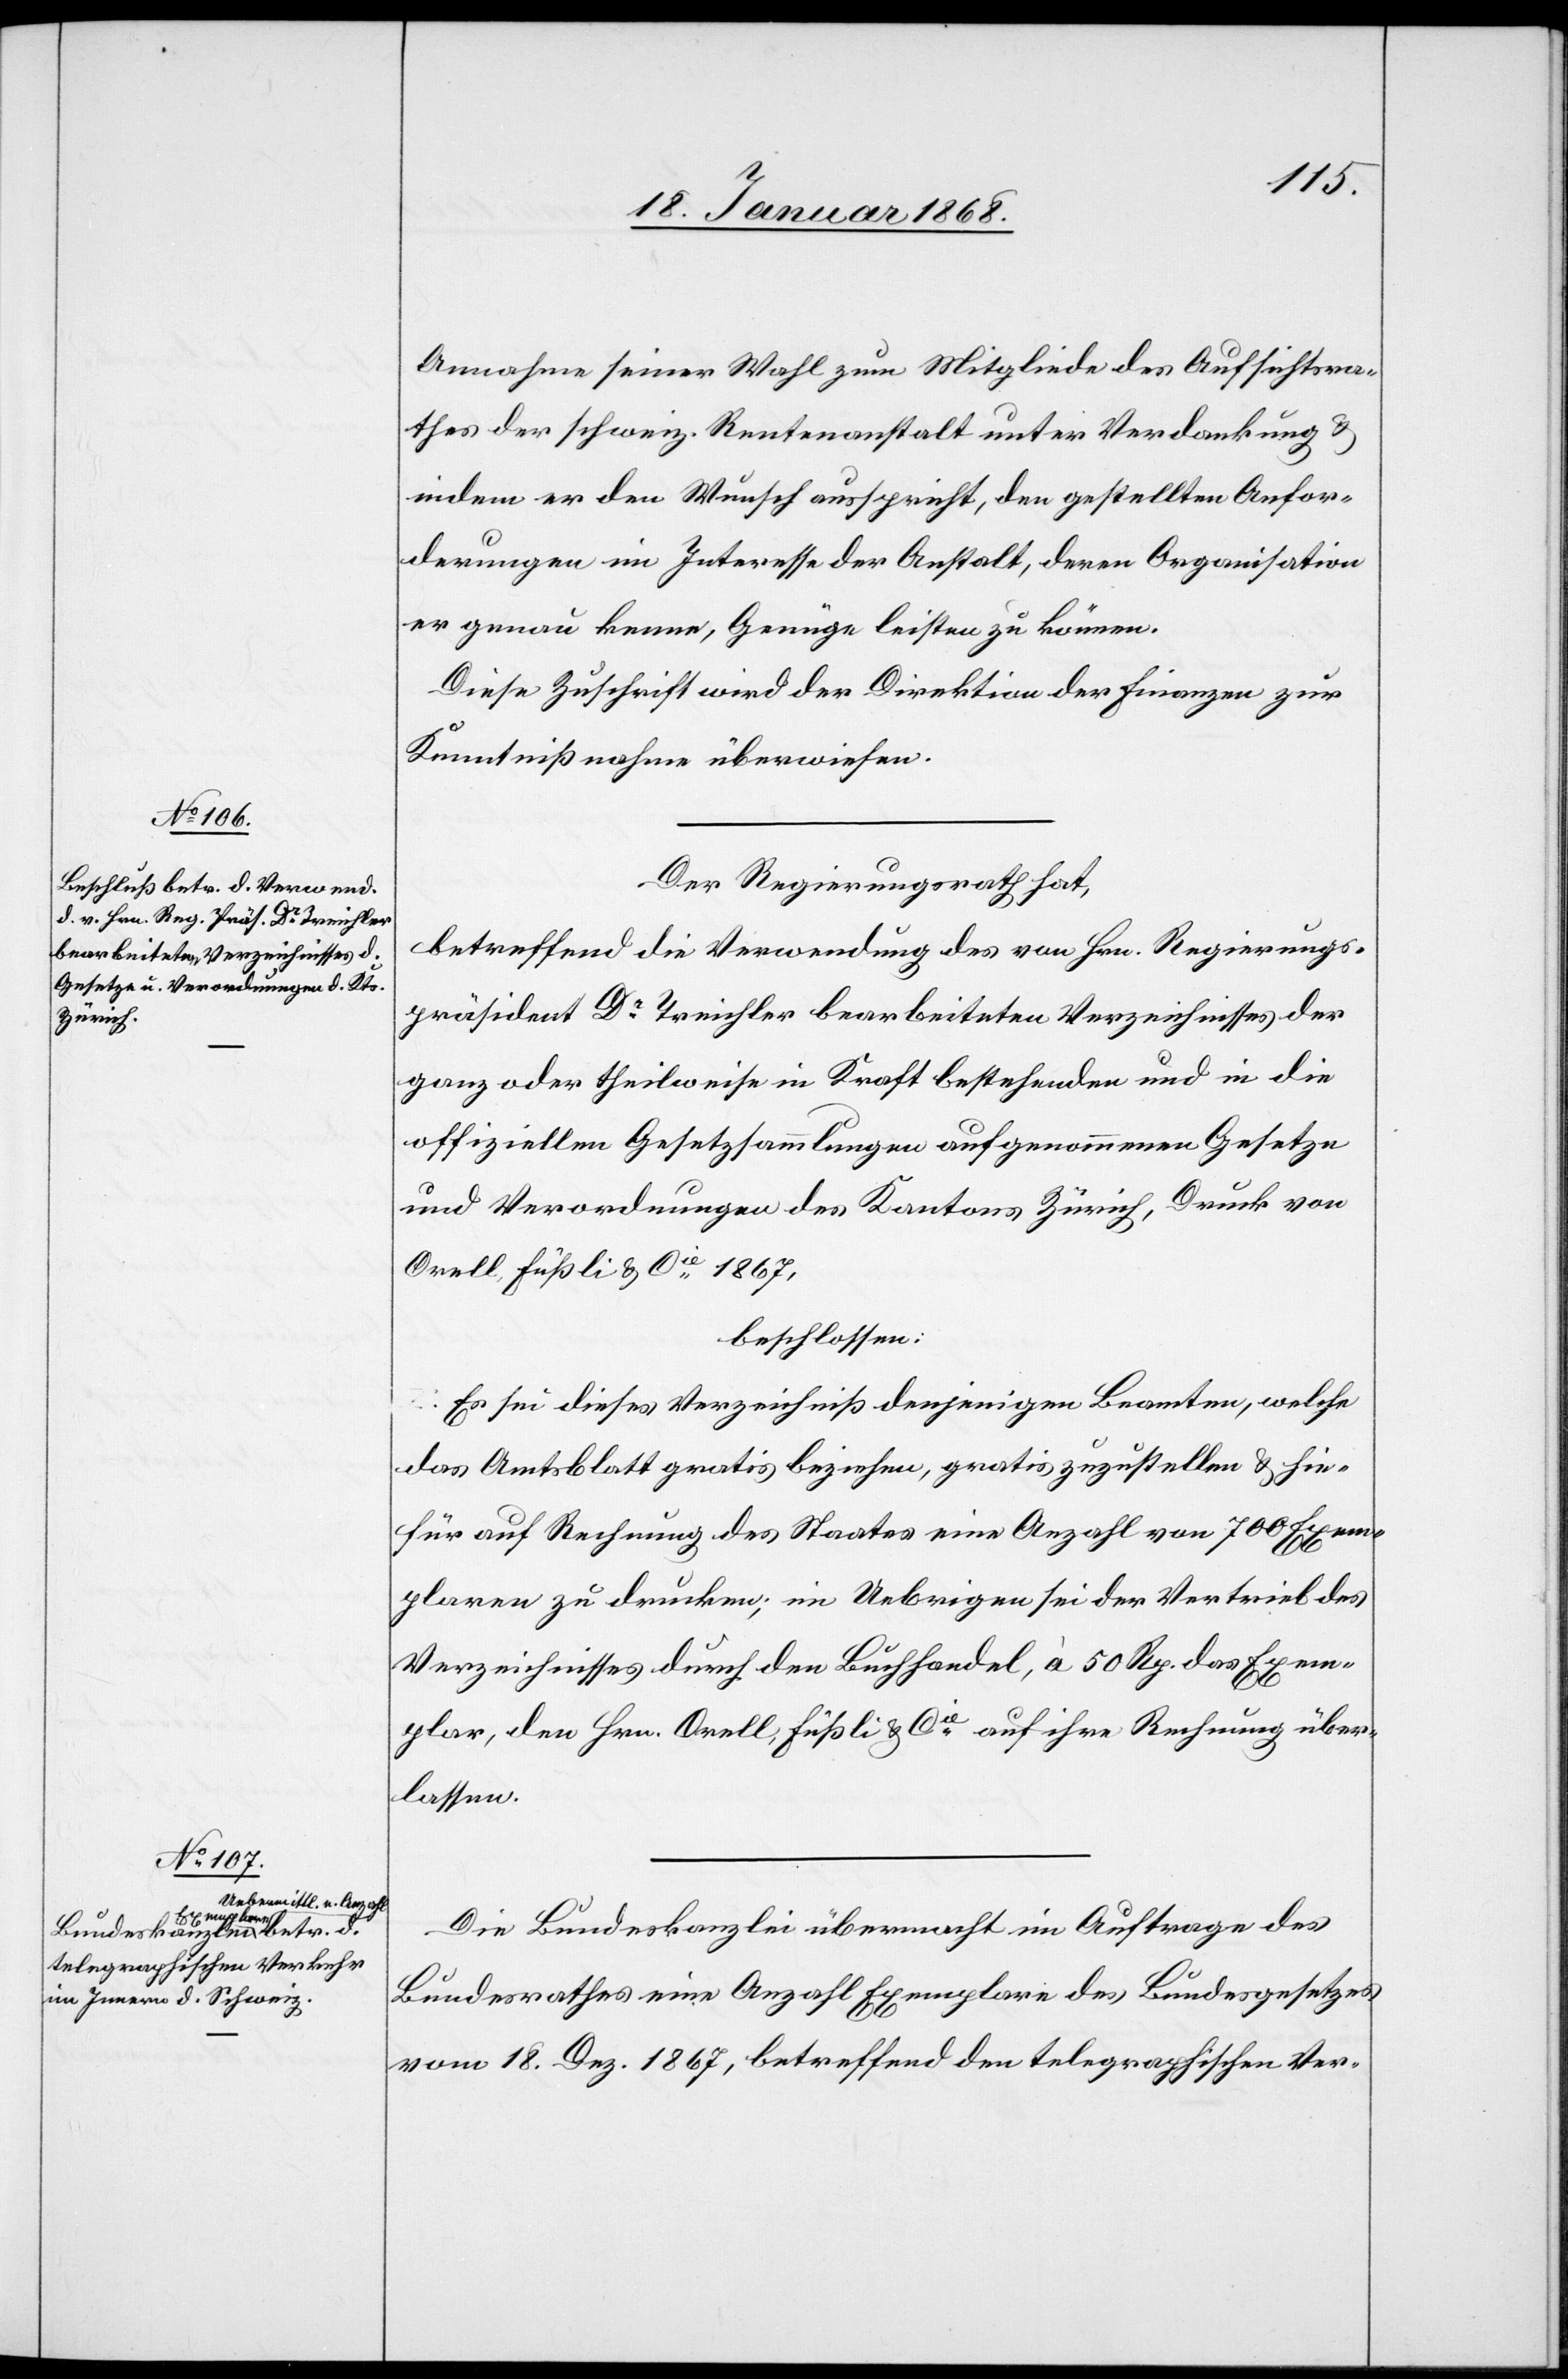
Annahme seiner Wahl zum Mitgliede des Aufsichtsra¬
thes der schweiz. Rentenanstalt unter Verdankung &
indem er den Wunsch ausspricht, den gestellten Anfor¬
derungen im Interesse der Anstalt, deren Organisation
er genau kenne, Genüge leisten zu können.
Diese Zuschrift wird der Direktion der Finanzen zur
Kenntnißnahme überwiesen.
Der Regierungsrath hat,
betreffend die Verwendung des von Hrn. Regierungs¬
präsident Dr. Treichler bearbeiteten Verzeichnisses der
ganz oder theilweise in Kraft bestehenden und in die
offiziellen Gesetzsammlungen aufgenommenen Gesetze
und Verordnungen des Kantons Zürich, Druck von
Orell, Füßli & Cie. 1867,
beschlossen:
Es sei dieses Verzeichniß denjenigen Beamten, welche
das Amtsblatt gratis beziehen, gratis zuzustellen & hie¬
für auf Rechnung des Staates eine Anzahl von 700 Exem¬
plaren zu drucken; im Uebrigen sei der Vertrieb des
Verzeichnisses durch den Buchhandel, à 50 Rp. das Exem¬
plar, den Hrn. Orell, Füßli & Cie. auf ihre Rechnung über¬
lassen.
Die Bundeskanzlei übermacht im Auftrage des
Bundesrathes eine Anzahl Exemplare des Bundesgesetzes
vom 18. Dez. 1867, betreffend den telegraphischen Ver-